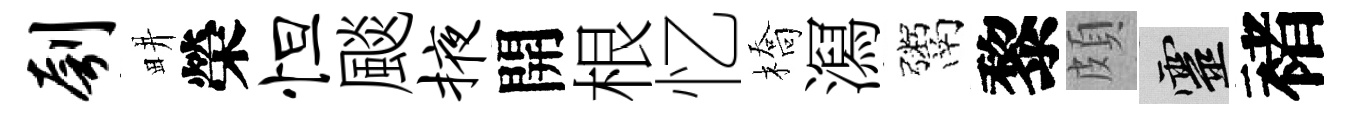
刳畊榮怛颷掖開根忆橋㵼鬻黎頗靈褚